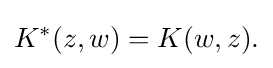
\displaystyle {K^{*}(z,w)=K(w,z).}